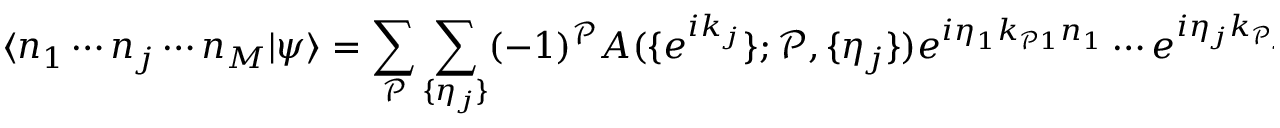
\langle n _ { 1 } \cdots n _ { j } \cdots n _ { M } | \psi \rangle = \sum _ { \mathcal { P } } \sum _ { \{ \eta _ { j } \} } ( - 1 ) ^ { \mathcal { P } } A ( \{ e ^ { i k _ { j } } \} ; \mathcal { P } , \{ \eta _ { j } \} ) e ^ { i \eta _ { 1 } k _ { \mathcal { P } 1 } n _ { 1 } } \cdots e ^ { i \eta _ { j } k _ { \mathcal { P } j } n _ { j } } \cdots e ^ { i \eta _ { M } k _ { \mathcal { P } M } n _ { M } } ,